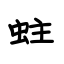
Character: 蛀